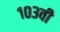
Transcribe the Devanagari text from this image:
१०३वी